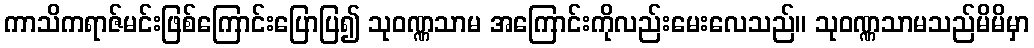
ကာသိကရာဇ်မင်းဖြစ်ကြောင်းပြောပြ၍ သုဝဏ္ဏသာမ အကြောင်းကိုလည်းမေးလေသည်။ သုဝဏ္ဏသာမသည်မိမိမှာ